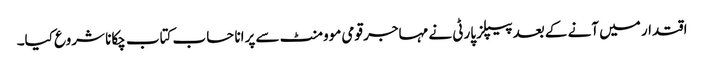
اقتدار میں آنے کے بعد پیپلز پارٹی نے مہاجر قومی موومنٹ سے پرانا حساب کتاب چکانا شروع کیا۔